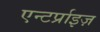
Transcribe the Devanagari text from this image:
एन्टर्प्राइज़